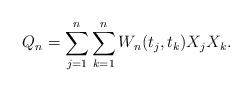
LaTeX: \begin{align*} Q_n=\sum_{j=1}^n\sum_{k=1}^nW_n(t_j,t_k)X_jX_k.\end{align*}